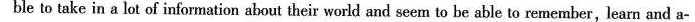
ble to take in a lot of information about their world and seem to be able to remember, learn and a-